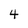
Character: 4